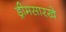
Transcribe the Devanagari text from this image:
ड्रीमसारखे